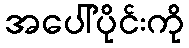
အပေါ်ပိုင်းကို